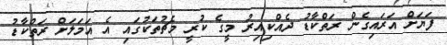
ފަޔަށް އަރައިގެން ރަތްކާޑު ދެއްކިއިރު މީގެ ކުރީ މެޗުތަކުގައި އެ އަމަލަށް ރަތްކާޑު